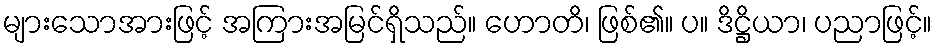
များသောအားဖြင့် အကြားအမြင်ရှိသည်။ ဟောတိ၊ ဖြစ်၏။ ပ။ ဒိဋ္ဌိယာ၊ ပညာဖြင့်။